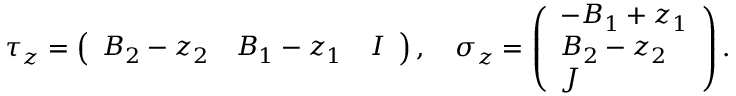
\tau _ { z } = \left( \begin{array} { l l l } { { B _ { 2 } - z _ { 2 } } } & { { B _ { 1 } - z _ { 1 } } } & { { I } } \end{array} \right) , \quad \sigma _ { z } = \left( \begin{array} { l } { { - B _ { 1 } + z _ { 1 } } } \\ { { B _ { 2 } - z _ { 2 } } } \\ { { J } } \end{array} \right) .